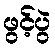
ဖွင့်ပွဲ